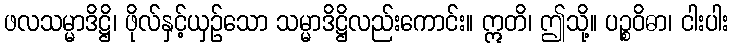
ဖလသမ္မာဒိဋ္ဌိ၊ ဖိုလ်နှင့်ယှဉ်သော သမ္မာဒိဋ္ဌိလည်းကောင်း။ ဣတိ၊ ဤသို့။ ပဉ္စဝိဓာ၊ ငါးပါး